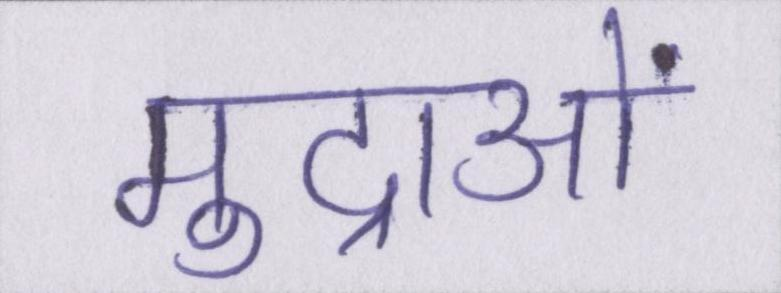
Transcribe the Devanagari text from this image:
मुद्राओं